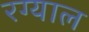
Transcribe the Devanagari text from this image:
रग्याल